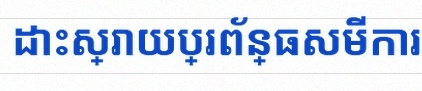
ដោះស្រាយប្រព័ន្ធសមីការ